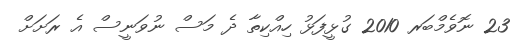
23 ނޮވެމްބަރ 2010 ގުޅީފަޅު ހިއްކިތާ ދެ މަސް ނުވަނީސް އެ ރަށަށް